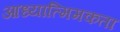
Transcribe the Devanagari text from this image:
आध्यात्मिमकता